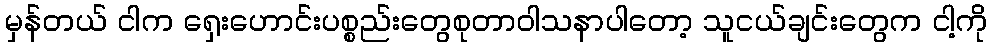
မှန်တယ် ငါက ရှေးဟောင်းပစ္စည်းတွေစုတာဝါသနာပါတော့ သူငယ်ချင်းတွေက ငါ့ကို